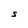
Character: S